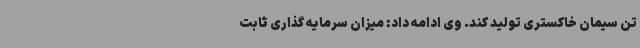
تن سیمان خاکستری تولید کند. وی ادامه داد: میزان سرمایه گذاری ثابت